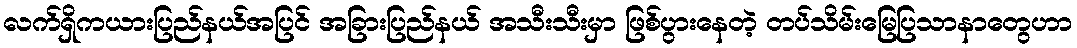
လက်ရှိကယားပြည်နယ်အပြင် အခြားပြည်နယ် အသီးသီးမှာ ဖြစ်ပွားနေတဲ့ တပ်သိမ်းမြေပြသာနာတွေဟာ